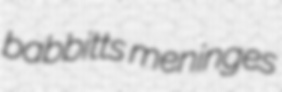
babbitts meninges